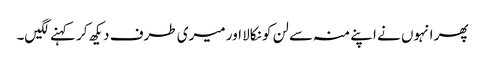
پھر انہوں نے اپنے منہ سے لن کو نکالا اور میری طرف دیکھ کر کہنے لگیں۔